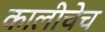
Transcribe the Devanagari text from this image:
कालीचेच